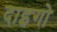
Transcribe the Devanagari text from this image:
दाइगो